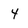
Character: 4